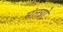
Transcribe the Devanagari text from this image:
संलग्नो